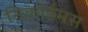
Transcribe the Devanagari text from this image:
निकोडेमस